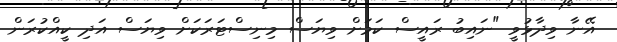
އޭނާ ވިދާޅުވީ "ނައިބު ރައީސް ކަމަށް ވިޔަސް މިނިސްޓަރަކަށް ވިޔަސް އަދި ކީއްކުރަން